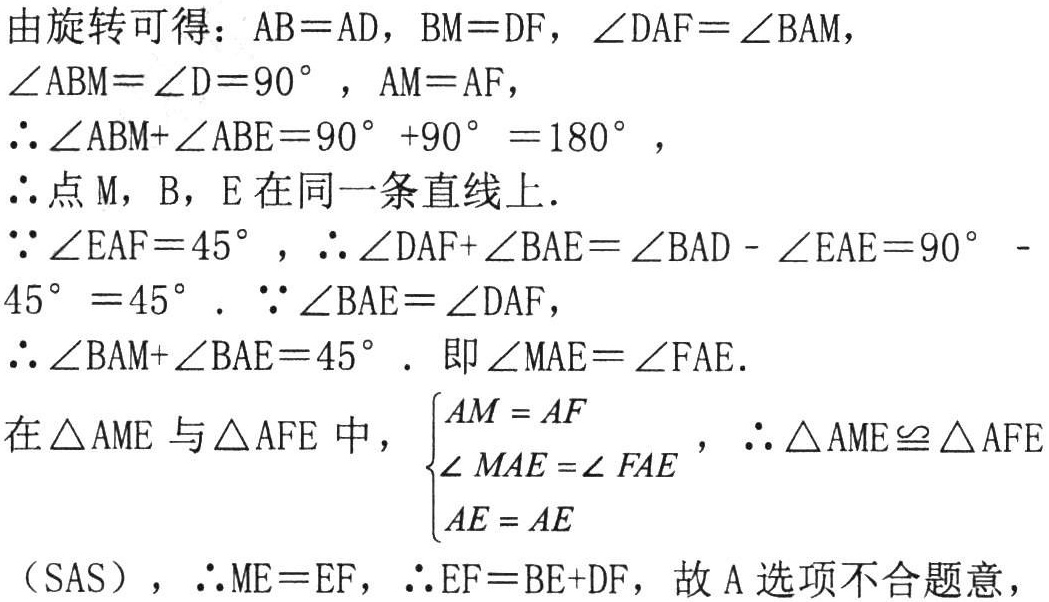
由旋转可得：\(AB = AD\)，\(BM = DF\)，\(\angle DAF=\angle BAM\)，\(\angle ABM=\angle D = 90^{\circ}\)，\(AM = AF\)，
\(\therefore\angle ABM+\angle ABE = 90^{\circ}+90^{\circ}=180^{\circ}\)，
\(\therefore\)点\(M\)，\(B\)，\(E\)在同一条直线上．
\(\because\angle EAF = 45^{\circ}\)，\(\therefore\angle DAF+\angle BAE=\angle BAD - \angle EAF=90^{\circ}-45^{\circ}=45^{\circ}\)．\(\because\angle BAE=\angle DAF\)，
\(\therefore\angle BAM+\angle BAE = 45^{\circ}\)．即\(\angle MAE=\angle FAE\)．
在\(\triangle AME\)与\(\triangle AFE\)中，\(\begin{cases}AM = AF\\\angle MAE=\angle FAE\\AE = AE\end{cases}\)，\(\therefore\triangle AME\cong\triangle AFE\)
（\(SAS\)），\(\therefore ME = EF\)，\(\therefore EF = BE + DF\)，故A选项不合题意，